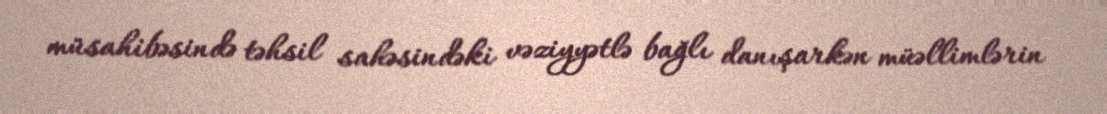
müsahibəsində təhsil sahəsindəki vəziyyətlə bağlı danışarkən müəllimlərin